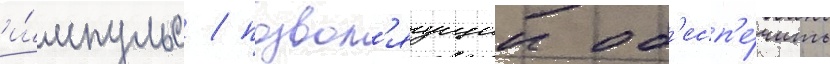
и́мпульс / позвол'яущии об'есп'е́чить